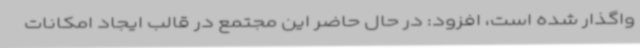
واگذار شده است، افزود: در حال حاضر این مجتمع در قالب ایجاد امکانات